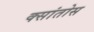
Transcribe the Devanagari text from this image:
क्सांतोस